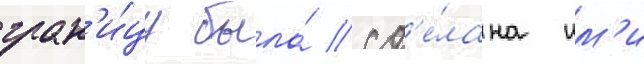
гран'и́цу была́ сд'е́лана им'и